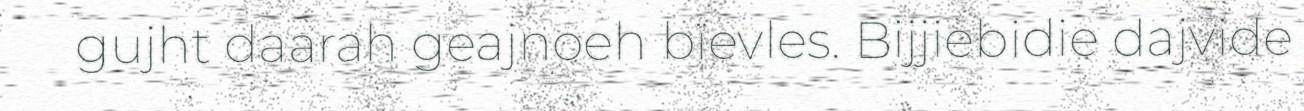
gujht daarah geajnoeh bïevles. Bijjiebidie dajvide